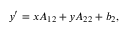
y ^ { \prime } = x A _ { 1 2 } + y A _ { 2 2 } + b _ { 2 } ,